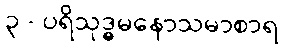
၃ - ပရိသုဒ္ဓမနောသမာစာရ